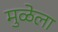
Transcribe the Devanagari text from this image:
मुळेला